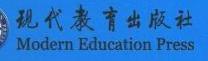
现代教育出版社
Modern Education Press